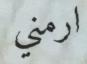
ارمني